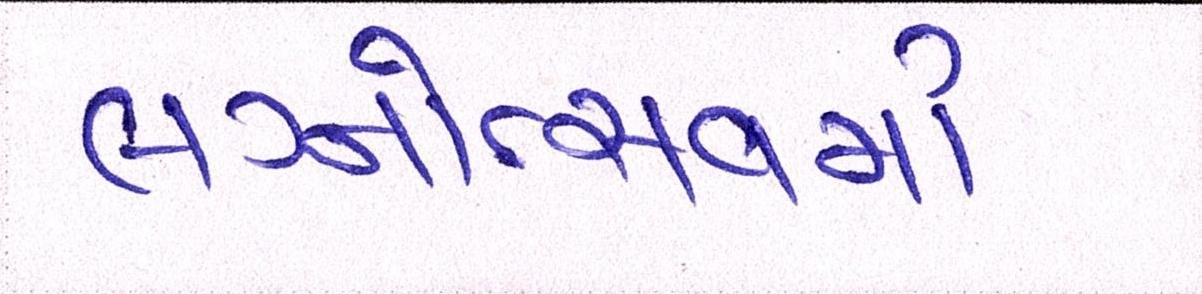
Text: લગ્નોત્સવમાં